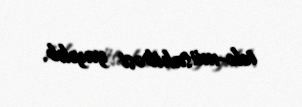
tele-müsahibəsi yayılıb.